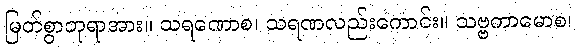
မြတ်စွာဘုရာအား။ သရဏောစ၊ သရဏလည်းကောင်း။ သဗ္ဗကာမောစ၊